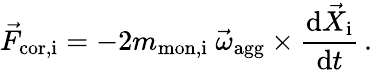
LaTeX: \vec{F}_{\mathrm{cor,i}}=-2m_{\mathrm{mon,i}}\ \vec{\omega}_{\mathrm{agg}}\times\frac{\mathrm{d}\vec{X}_{\mathrm{i}}}{\mathrm{d}t}\, .